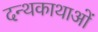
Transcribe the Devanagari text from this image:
दन्थकाथाओं